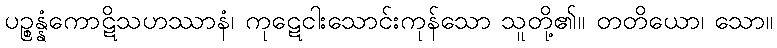
ပဉ္စန္နံကောဋိသဟဿာနံ၊ ကုဋေငါးသောင်းကုန်သော သူတို့၏။ တတိယော၊ သော။